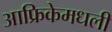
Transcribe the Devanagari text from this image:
आफ्रिकेमधली